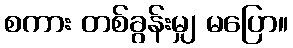
စကား တစ်ခွန်းမျှ မပြော။